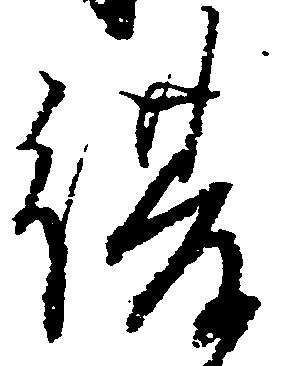
復